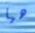
هيا